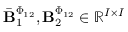
\bar { \mathbf { B } } _ { 1 } ^ { \boldsymbol { \Phi } _ { 1 2 } } , \mathbf { B } _ { 2 } ^ { \boldsymbol { \Phi } _ { 1 2 } } \in \mathbb { R } ^ { I \times I }